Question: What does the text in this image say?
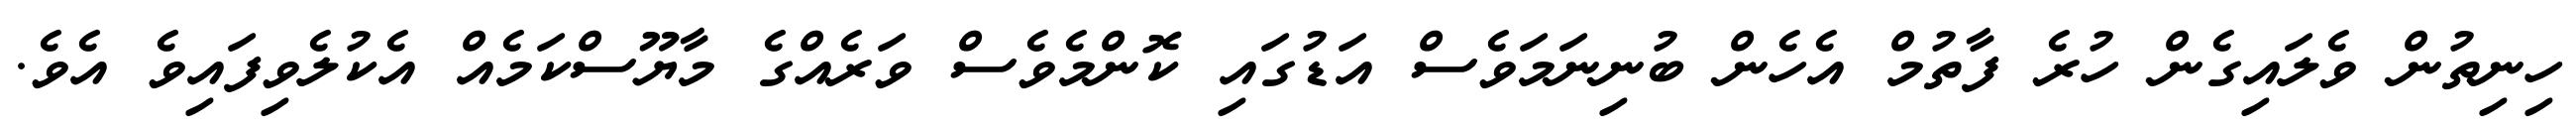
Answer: ހިނިތުން ވެލައިގެން ހުރެ ފާތުމް އެހެން ބުނިނަމަވެސް އަޑުގައި ކޮންމެވެސް ވަރެއްގެ މާޔޫސްކަމެއް އެކުލެވިފައިވެ އެވެ.